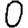
Digit: 0